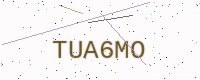
Text: TUA6MO